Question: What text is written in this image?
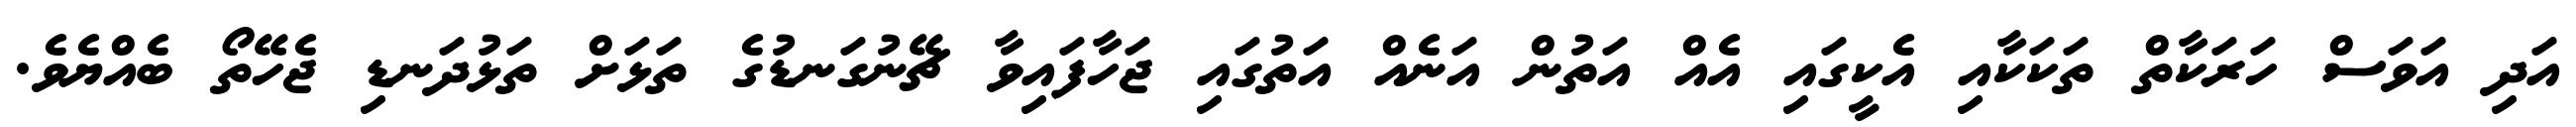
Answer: އަދި އަވަސް ހަރަކާތް ތަކަކާއި އެކީގައި އެއް އަތުން އަނެއް އަތުގައި ޖަހާފައިވާ ޗޭނުގަނޑުގެ ތަޅަށް ތަޅުދަނޑި ޖެހޭތޯ ބެއްޔެވެ.